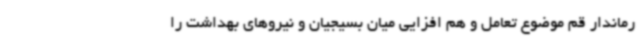
رماندار قم موضوع تعامل و هم افزایی میان بسیجیان و نیروهای بهداشت را